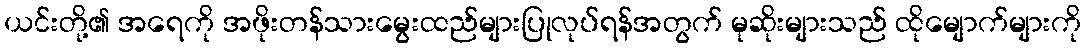
ယင်းတို့၏ အရေကို အဖိုးတန်သားမွေးထည်များပြုလုပ်ရန်အတွက် မုဆိုးများသည် ထိုမျောက်များကို